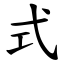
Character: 式